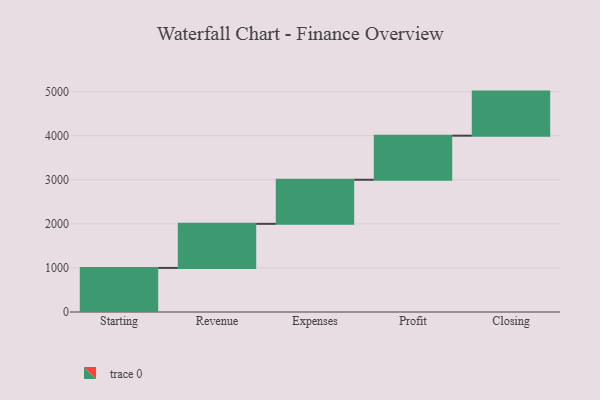
{"axis": {"x": "Step", "y": "Value"}, "legend": [""], "data": [{"x": "Starting", "y": 1000, "type": ""}, {"x": "Revenue", "y": 1000, "type": ""}, {"x": "Expenses", "y": 1000, "type": ""}, {"x": "Profit", "y": 1000, "type": ""}, {"x": "Closing", "y": 1000, "type": ""}]}